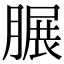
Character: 𦟌